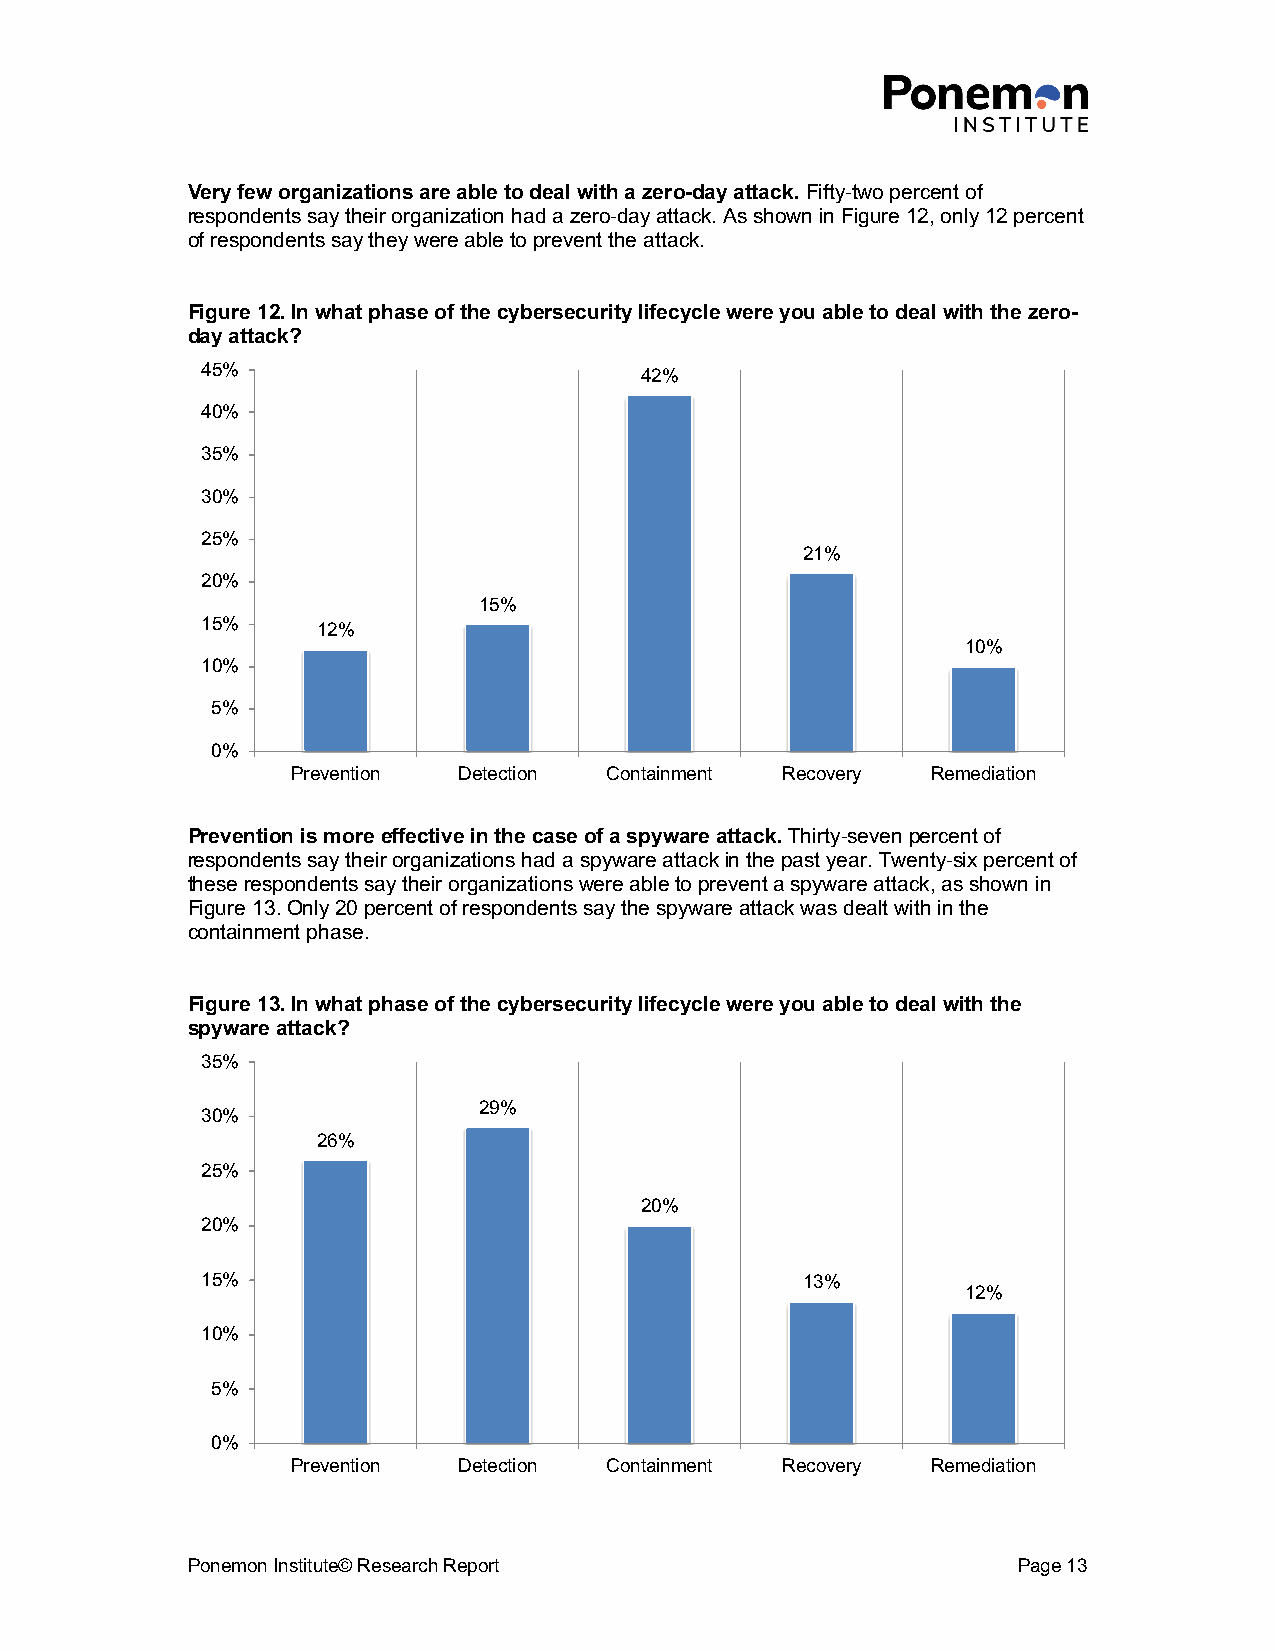
Very few organizations are able to deal with a zero-day attack. Fifty-two percent of
 respondents say their organization had a zero-day attack. As shown in Figure 12, only 12 percent
 of respondents say they were able to prevent the attack.
 Figure 12. In what phase of the cybersecurity lifecycle were you able to deal with the zero-
 day attack?
 45%
 42%
 40%
 35%
 30%
 25%
 21%
 20%
 15%
 15%
 12%
 10%
 10%
 5%
 0%
 Prevention Detection Containment Recovery  Remediation
 Prevention is more effective in the case of a spyware attack. Thirty-seven percent of
 respondents say their organizations had a spyware attack in the past year. Twenty-six percent of
 these respondents say their organizations were able to prevent a spyware attack, as shown in
 Figure 13. Only 20 percent of respondents say the spyware attack was dealt with in the
 containment phase.
 Figure 13. In what phase of the cybersecurity lifecycle were you able to deal with the
 spyware attack?
 35%
 29%
 30%
 26%
 25%
 20%
 20%
 15%                                     13%
 12%
 10%
 5%
 0%
 Prevention Detection Containment Recovery  Remediation
 Ponemon Institute© Research Report                     Page 13